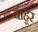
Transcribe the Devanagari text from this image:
बाहूर